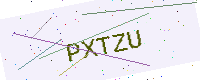
Text: PXTZU